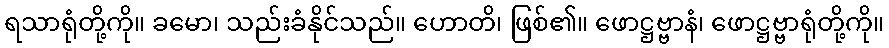
ရသာရုံတို့ကို။ ခမော၊ သည်းခံနိုင်သည်။ ဟောတိ၊ ဖြစ်၏။ ဖောဋ္ဌဗ္ဗာနံ၊ ဖောဋ္ဌဗ္ဗာရုံတို့ကို။